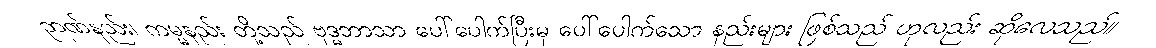
ဉာဏ်နည်း၊ ကမ္မနည်း တို့သည် ဗုဒ္ဓဘာသာ ပေါ်ပေါက်ပြီးမှ ပေါ်ပေါက်သော နည်းများ ဖြစ်သည် ဟုလည်း ဆိုလေသည်။